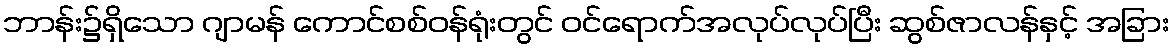
ဘာန်း၌ရှိသော ဂျာမန် ကောင်စစ်ဝန်ရုံးတွင် ဝင်ရောက်အလုပ်လုပ်ပြီး ဆွစ်ဇာလန်နှင့် အခြား